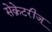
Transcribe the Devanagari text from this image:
सेक्रेटरीज्